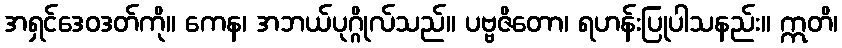
အရှင်ဒေဝဒတ်ကို။ ကေန၊ အဘယ်ပုဂ္ဂိုလ်သည်။ ပဗ္ဗဇိတော၊ ရဟန်းပြုပါသနည်း။ ဣတိ၊